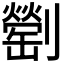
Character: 𠠜